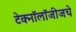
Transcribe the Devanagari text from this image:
टेक्नॉलॉजीजचे